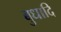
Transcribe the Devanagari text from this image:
बुधादि